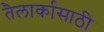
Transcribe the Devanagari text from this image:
तैलार्कासाठी